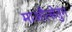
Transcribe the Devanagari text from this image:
माऔत्सेतुंग